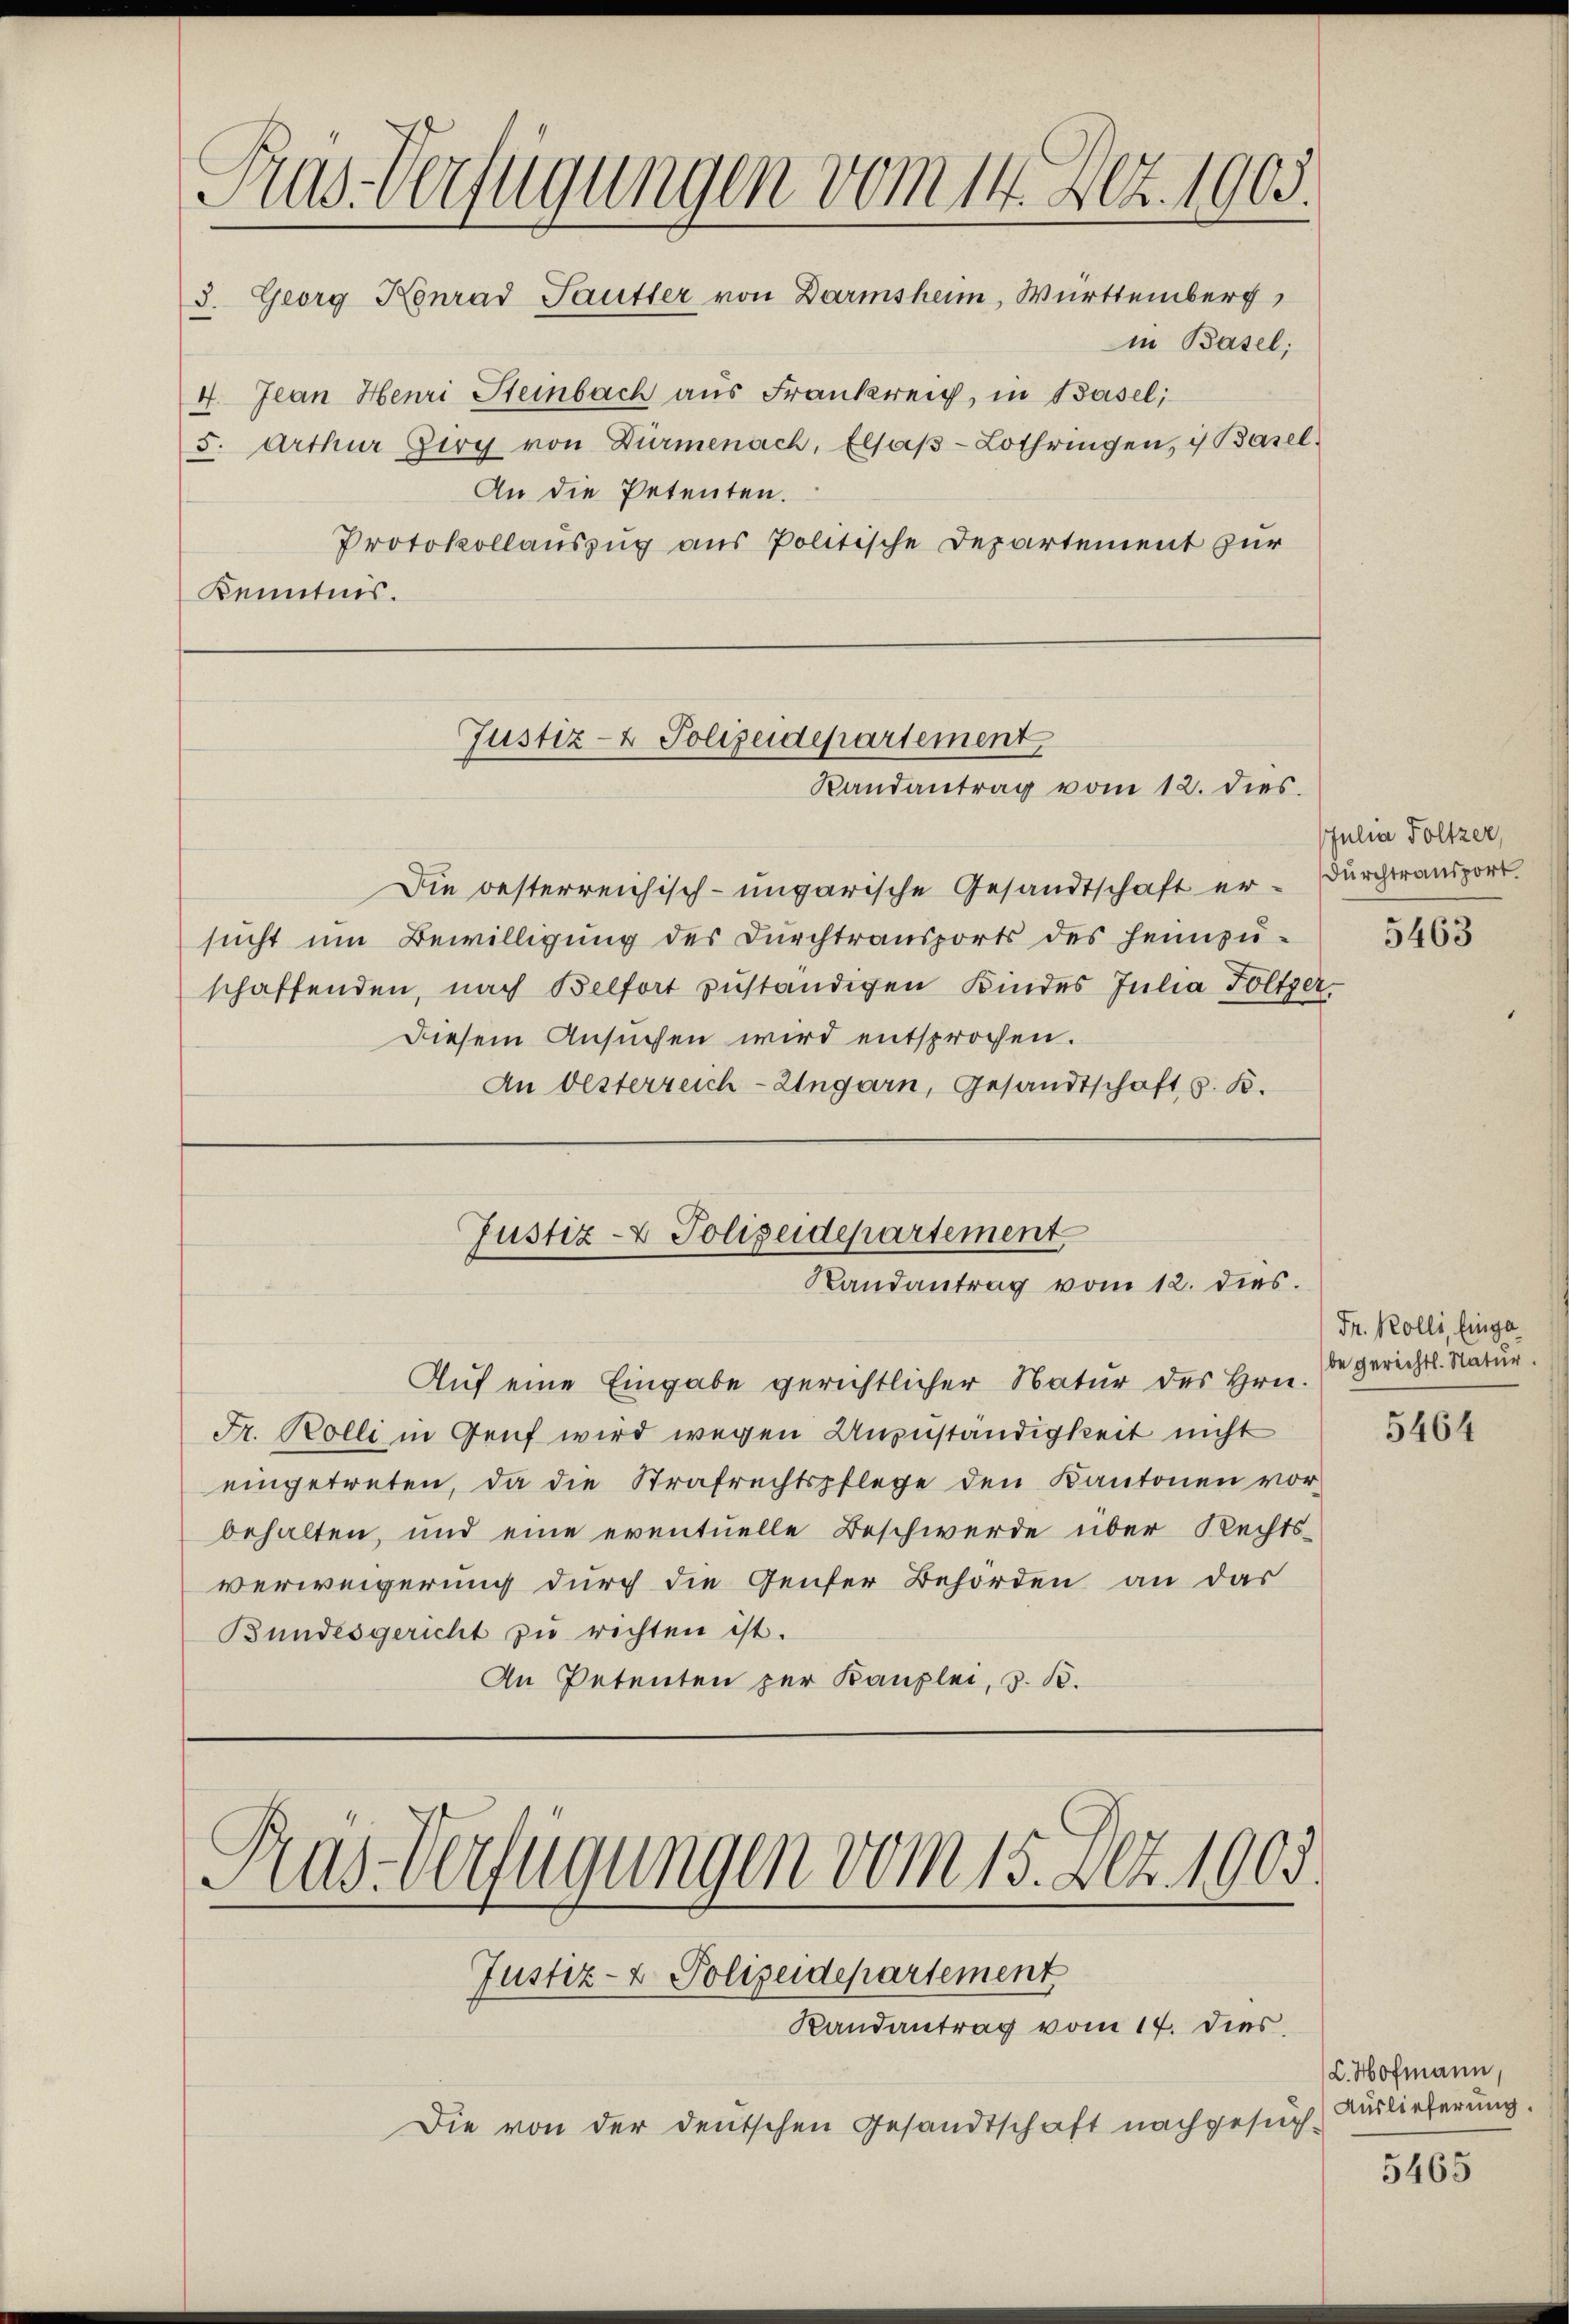
Gras Verfügungen vom 14. Dez. 1903.

3. Georg Konrad Sautter von Darmsheim, Württemberg,
in Basel;
4. Jean Henri Steinbach aus Frankreiz, in Basel;
5. Arthur Girg von Dürmenach, Elsaβ-Lothringen, is Basel
An die Petenten.
Protokollauszug aus Politische Departement zur
Kenntnis.

Die besterreichisch-ungarische Gesandtschaft er-Durchtransport
sucht um Bewilligung des Durchtransports des heimzuschaffenden, nach Belfort zuständigen Kindes Julia Foltzer¬
Diesem Ansuchen wird entsprochen.
An Oesterreich-Ungarn, Gesandtschaft z. B.
Auf eine Eingabe gerichtlicher Natur des Hrn.
Fr. Kolli in Genf wird wegen Anzuständigkeit nicht
eingetreten, da die Strafrechtspflege den Kantonen vor-
behalten, und eine eventuelle Beschwerde über Rechtsverweigerung durch die Genfer Behörden an das
Bundesgericht zŭ richten ist.
An Petenten zur Kanzlei, s. B.
Pras-Verfügungen vom 15. Dez. 1903.

Justiz- & Polizeidepartement
Randantrag vom 12. dies

Justiz- & Polizeidepartement
Randantrag vom 12. dies

Justiz- & Polizeidepartement

Randantrag vom 17. dies
Die von der deutschen Gesandtschaft nachgesuch-

Julia Foltzer,

5463

Fr. Kolli, Einga
be gerichtl. Natur.

5464

C. Hofmann,
Auslieferung.

5465